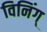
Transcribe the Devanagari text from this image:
विनिंग्